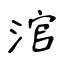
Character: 涫